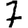
Digit: 7